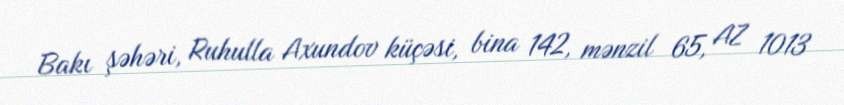
Bakı şəhəri, Ruhulla Axundov küçəsi, bina 142, mənzil 65, AZ 1013